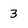
Character: 3